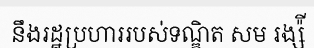
នឹងរដ្ឋប្រហាររបស់ទណ្ឌិត សម រង្ស៉ី